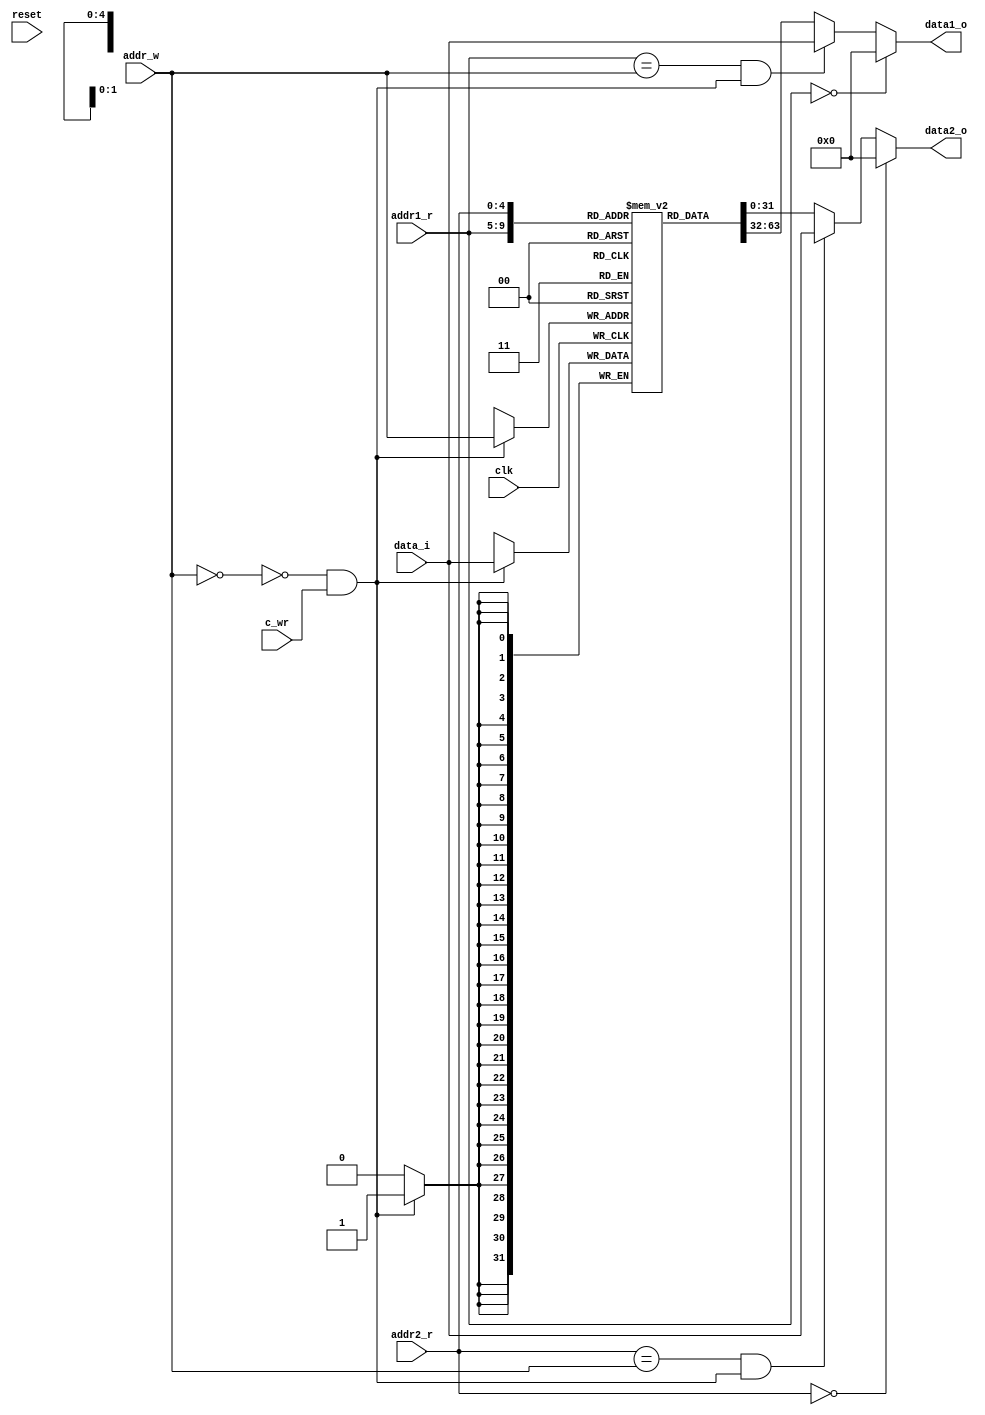
`timescale 1ns/1ps

module RF1 (
    input wire clk,
    input wire reset,
    input wire c_wr, // control signal: register write
    
    // reading from
    input wire [4:0] addr1_r,
    input wire [4:0] addr2_r,
    output reg [31:0] data1_o,
    output reg [31:0] data2_o,

    // writing to
    input wire [4:0] addr_w,
    input wire [31:0] data_i
);
    
    // This RegisterFile supports simultaneous writing and reading
    // in order to save resources, this RegFile does not support reset
    // all registers can be initialized using instructions

    // all choices:
    // - c_wr == 1 && w0reg == 0: if addr_r == addr_w: data_i
    // - c_wr == 1 && w0reg == 1: 5'b0
    // - c_wr == 0: regdata[addr_r]

    reg [31:0] regdata [31:1];
    wire w0reg = (addr_w == 5'b0);
    // when this signal is on, register writing is performed
    wire wvalid = ~w0reg && c_wr;

    always @(*) begin
        if      (addr1_r == 5'b0)               data1_o <= 32'b0;
        else if ((addr1_r == addr_w) && wvalid) data1_o <= data_i;
        else                                    data1_o <= regdata[addr1_r];
    end

    always @(*) begin
        if      (addr2_r == 5'b0)               data2_o <= 32'b0;
        else if ((addr2_r == addr_w) && wvalid) data2_o <= data_i;
        else                                    data2_o <= regdata[addr2_r];
    end

    always @(posedge clk) begin
        if (wvalid) regdata[addr_w] <= data_i;
    end
    
endmodule